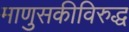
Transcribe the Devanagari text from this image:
माणुसकीविरुद्ध